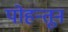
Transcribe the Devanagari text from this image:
पोहन्तून